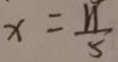
x = \frac { 1 1 } { 5 }